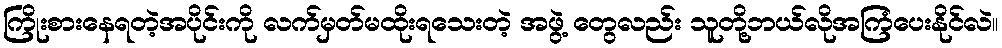
ကြိုးစားနေရတဲ့အပိုင်းကို လက်မှတ်မထိုးရသေးတဲ့ အဖွဲ့ တွေလည်း သူတို့ဘယ်လိုအကြံပေးနိုင်လဲ။